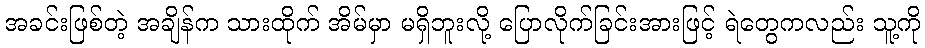
အခင်းဖြစ်တဲ့ အချိန်က သားထိုက် အိမ်မှာ မရှိဘူးလို့ ပြောလိုက်ခြင်းအားဖြင့် ရဲတွေကလည်း သူ့ကို